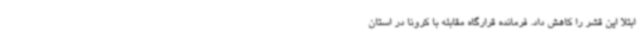
ابتلا این قشر را کاهش داد. فرمانده قرارگاه مقابله با کرونا در استان